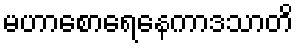
မဟာစောရေနေကာဒသာတိ